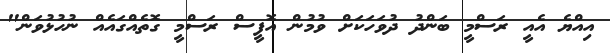
އިއްޔެ އެއީ ރަސްމީ ބަންދު ދުވަހަކަށް ވުމުން އޮފީސް ރަސްމީ ގޮތެއްގައެއް ނުހުޅުވަން"